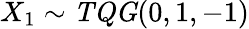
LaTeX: X_{1}\sim\mathit{TQG}(0,1,-1)